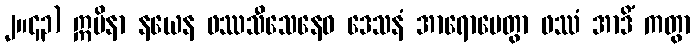
၂။၄၃) ဣမိနာ နယေန ဖဿသီသေနေဝ ဒေသနံ အာရောပေတွာ ဖဿံ အာဒိံ ကတွာ